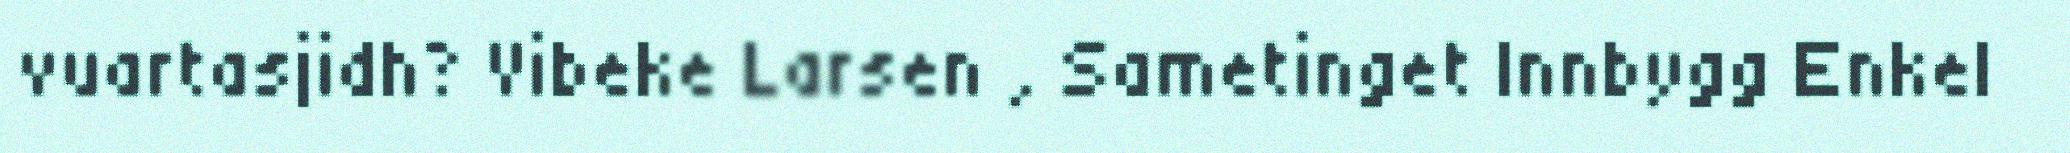
vuartasjidh? Vibeke Larsen , Sametinget Innbygg Enkel